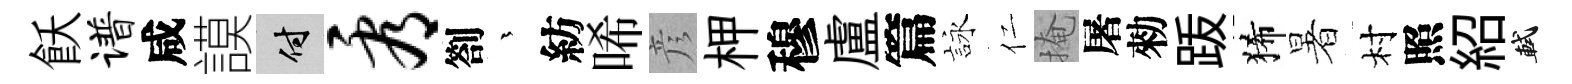
飫谱咸謨付看劄茫紡唏彦柙穆盧篇詠仁掩屠勑䟦狶暑村照紹軾